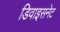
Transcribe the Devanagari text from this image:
डिवाइसनेट